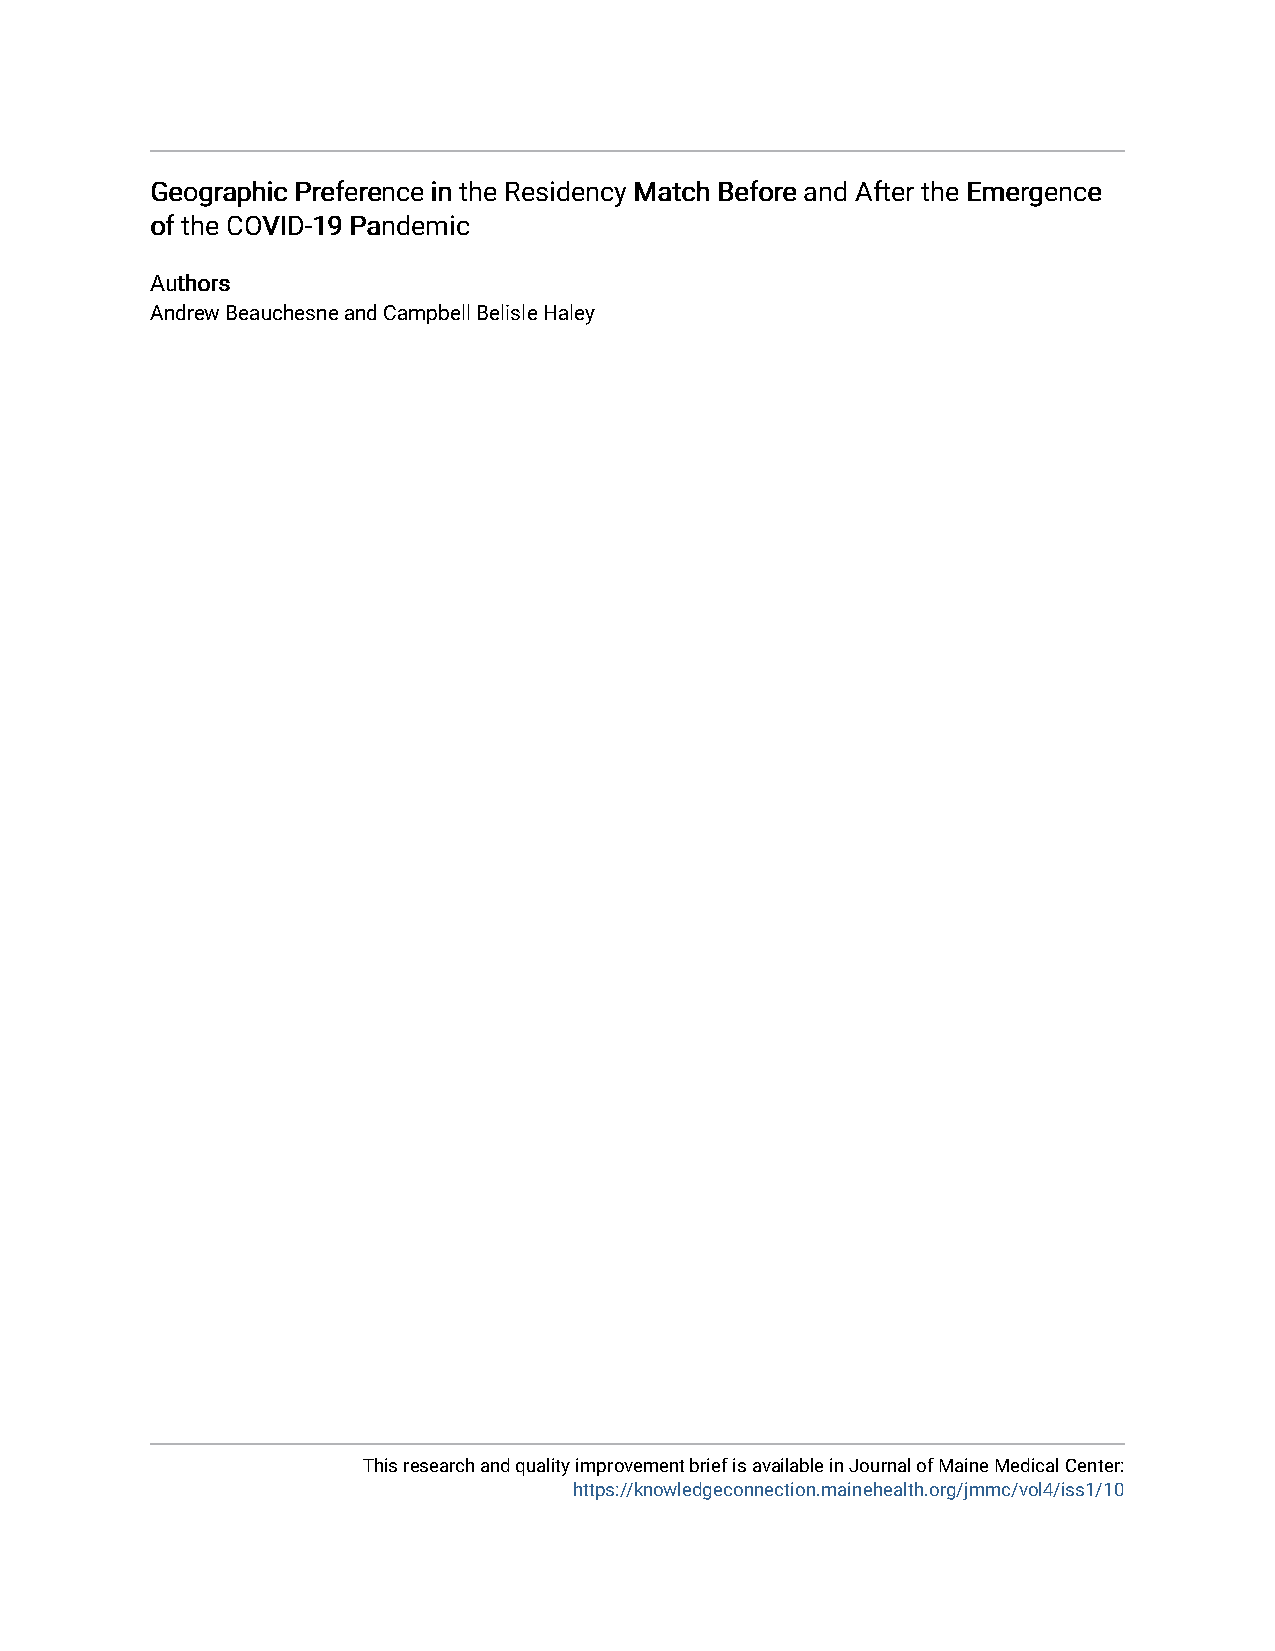
GGeeooggrraapphhiicc PPrreeffeerreennccee iinn tthhee RReessiiddeennccyy MMaattcchh BBeeffoorree aanndd AAfftteerr tthhee EEmmeerrggeennccee
 ooff tthhee CCOOVVIIDD--1199 PPaannddeemmiicc
 AAuutthhoorrss
 Andrew Beauchesne and Campbell Belisle Haley
 This research and quality improvement brief is available in Journal of Maine Medical Center:
 https://knowledgeconnection.mainehealth.org/jmmc/vol4/iss1/10